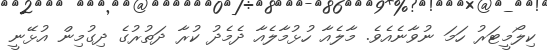
ކިލޯމީޓަރު ހަމަ ނުވާނެއެވެ. މާލެއާ ހުޅުމާލެއާ ދެމެދު ކުރާ ދަތުރުގެ ދިގުމިން އުޅޭނީ